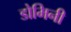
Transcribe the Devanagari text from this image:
डोमिनी